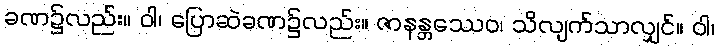
ခဏ၌လည်း။ ဝါ၊ ပြောဆဲခဏ၌လည်း။ ဇာနန္တဿေဝ၊ သိလျက်သာလျှင်။ ဝါ၊